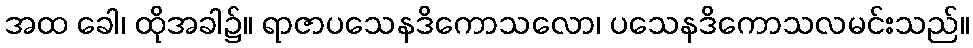
အထ ခေါ၊ ထိုအခါ၌။ ရာဇာပသေနဒိကောသလော၊ ပသေနဒိကောသလမင်းသည်။